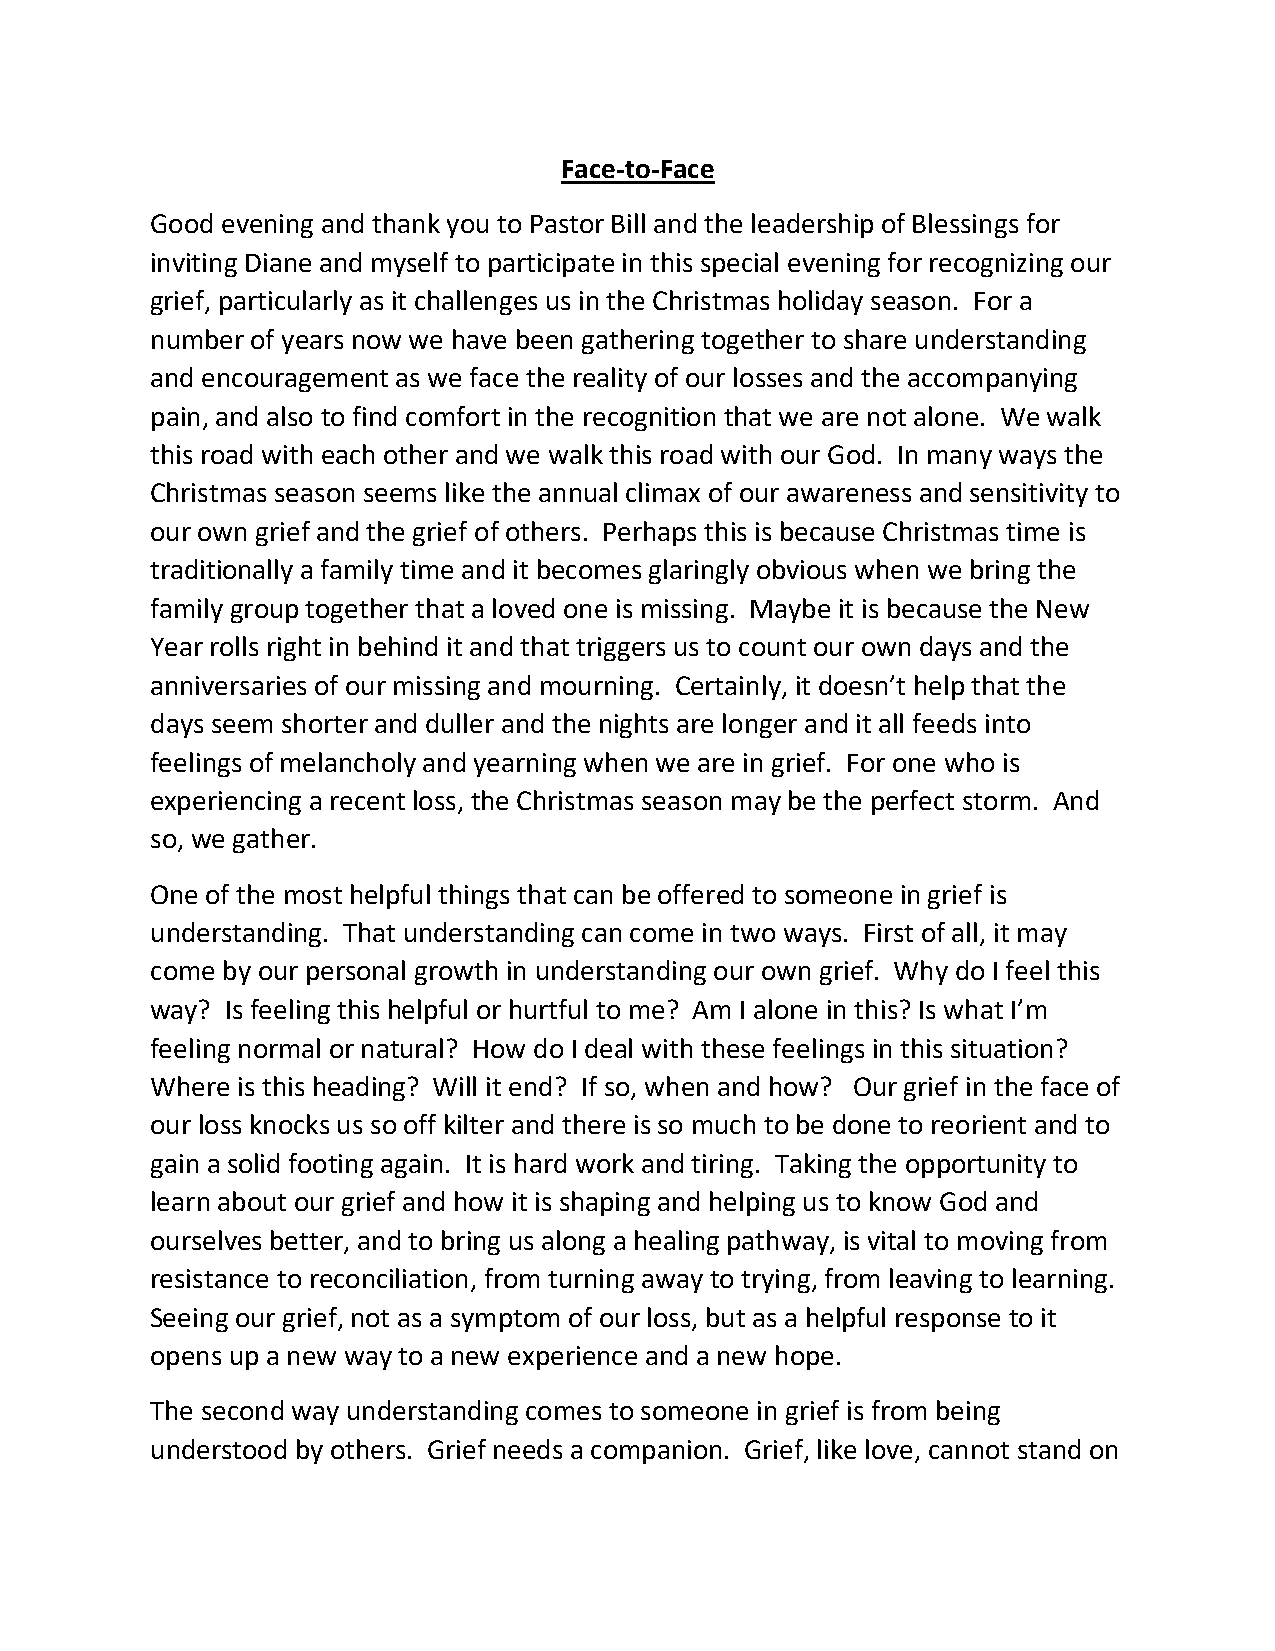
Face-to-Face
 Good evening and thank you to Pastor Bill and the leadership of Blessings for
 inviting Diane and myself to participate in this special evening for recognizing our
 grief, particularly as it challenges us in the Christmas holiday season. For a
 number of years now we have been gathering together to share understanding
 and encouragement as we face the reality of our losses and the accompanying
 pain, and also to find comfort in the recognition that we are not alone. We walk
 this road with each other and we walk this road with our God. In many ways the
 Christmas season seems like the annual climax of our awareness and sensitivity to
 our own grief and the grief of others. Perhaps this is because Christmas time is
 traditionally a family time and it becomes glaringly obvious when we bring the
 family group together that a loved one is missing. Maybe it is because the New
 Year rolls right in behind it and that triggers us to count our own days and the
 anniversaries of our missing and mourning. Certainly, it doesn’t help that the
 days seem shorter and duller and the nights are longer and it all feeds into
 feelings of melancholy and yearning when we are in grief. For one who is
 experiencing a recent loss, the Christmas season may be the perfect storm. And
 so, we gather.
 One of the most helpful things that can be offered to someone in grief is
 understanding. That understanding can come in two ways. First of all, it may
 come by our personal growth in understanding our own grief. Why do I feel this
 way? Is feeling this helpful or hurtful to me? Am I alone in this? Is what I’m
 feeling normal or natural? How do I deal with these feelings in this situation?
 Where is this heading? Will it end? If so, when and how? Our grief in the face of
 our loss knocks us so off kilter and there is so much to be done to reorient and to
 gain a solid footing again. It is hard work and tiring. Taking the opportunity to
 learn about our grief and how it is shaping and helping us to know God and
 ourselves better, and to bring us along a healing pathway, is vital to moving from
 resistance to reconciliation, from turning away to trying, from leaving to learning.
 Seeing our grief, not as a symptom of our loss, but as a helpful response to it
 opens up a new way to a new experience and a new hope.
 The second way understanding comes to someone in grief is from being
 understood by others. Grief needs a companion. Grief, like love, cannot stand on